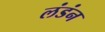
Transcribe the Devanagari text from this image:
लंडंन